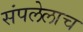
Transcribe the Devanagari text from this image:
संपलेलाच